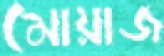
মোয়াজ